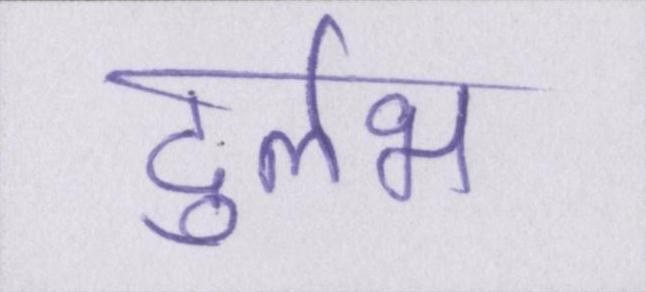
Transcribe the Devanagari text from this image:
दुर्लभ